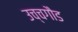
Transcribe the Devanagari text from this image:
उच्चगौड